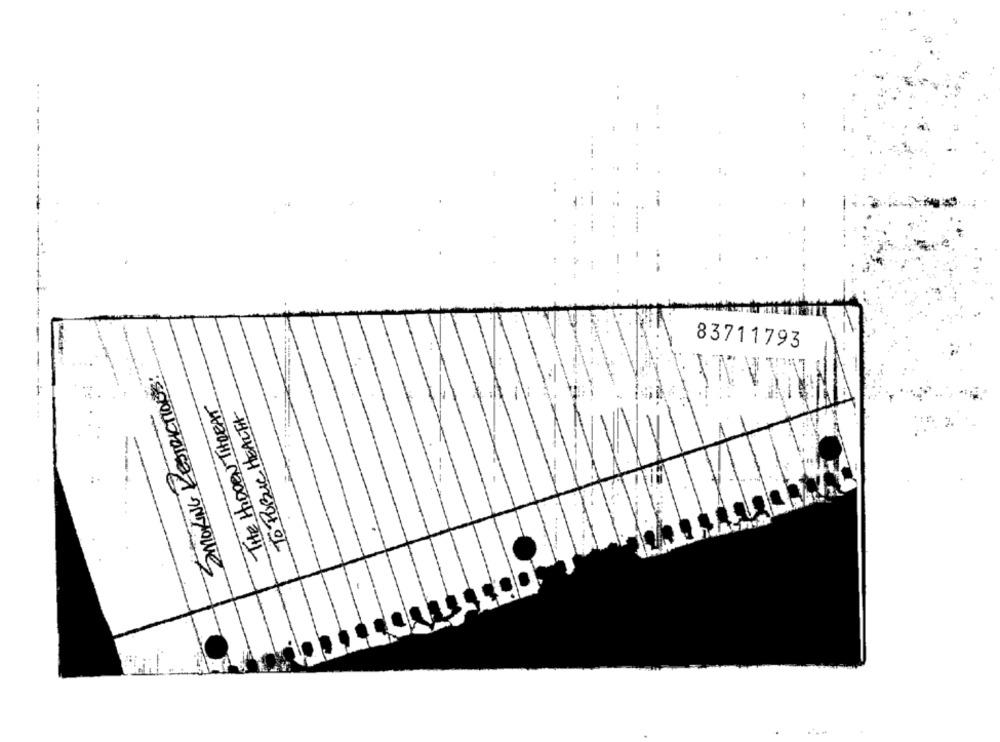
-
83711793
SMOKING RESTRICTIONS:
THE HIDDEN THREAT
TO PUBLIC HEALTH